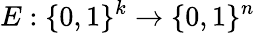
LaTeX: E:\{ 0,1\} ^{k}\to\{ 0,1\} ^{n}